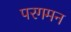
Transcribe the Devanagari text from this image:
परगमन